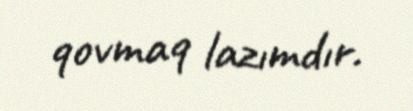
qovmaq lazımdır.